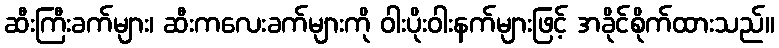
ဆီးကြီးခက်များ၊ ဆီးကလေးခက်များကို ဝါးပိုးဝါးနက်များဖြင့် အခိုင်စိုက်ထားသည်။